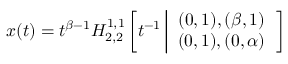
x ( t ) = t ^ { \beta - 1 } H _ { 2 , 2 } ^ { 1 , 1 } \left[ t ^ { - 1 } \left| \begin{array} { c } { ( 0 , 1 ) , ( \beta , 1 ) } \\ { ( 0 , 1 ) , ( 0 , \alpha ) } \end{array} \right. \right]